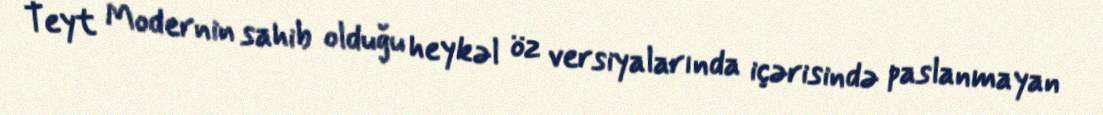
Teyt Modernin sahib olduğu heykəl öz versiyalarında içərisində paslanmayan